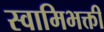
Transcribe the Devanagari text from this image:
स्वामिभक्ती